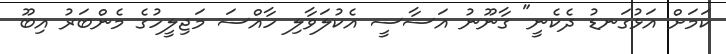
ކަމަށް އަޅުގަނޑު ދެކެނީ" ގާނޫނު އަސާސީ އެކުލަވާލި ހާއްސަ މަޖިލީހުގެ މެންބަރު އިބޫ